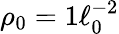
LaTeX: \rho_{0}=1\ell_{0}^{-2}